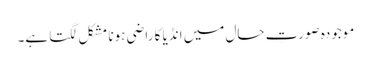
موجودہ صورتِ حال میں انڈیا کا راضی ہونا مشکل لگتا ہے۔